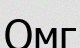
Омг